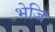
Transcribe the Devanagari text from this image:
भेजि